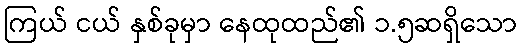
ကြယ် ငယ် နှစ်ခုမှာ နေထုထည်၏ ၁.၅ဆရှိသော